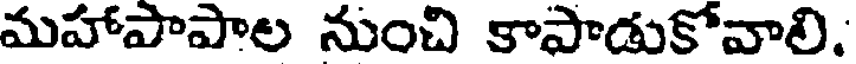
మహాపాపాల నుంచి కాపాడుకోవాలి.